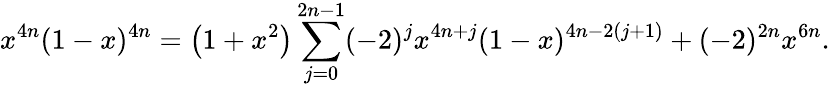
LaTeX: x^{4n}(1-x)^{4n}=\left(1+x^{2}\right)\sum_{j=0}^{2n-1}(-2)^{j}x^{4n+j}(1-x)^{4n-2(j+1)}+(-2)^{2n}x^{6n}.